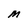
Character: M